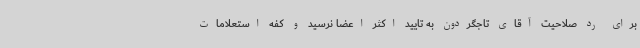
برای رد صلاحیت آقای تاجگردون به تایید اکثر اعضا نرسید و کفه استعلامات